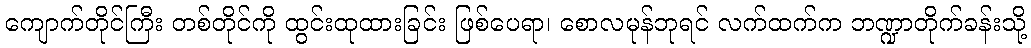
ကျောက်တိုင်ကြီး တစ်တိုင်ကို ထွင်းထုထားခြင်း ဖြစ်ပေရာ၊ စောလမုန်ဘုရင် လက်ထက်က ဘဏ္ဍာတိုက်ခန်းသို့